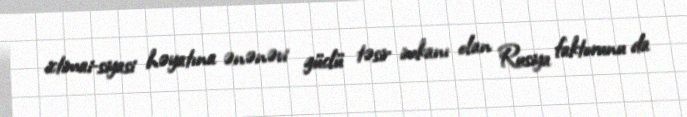
ictimai-siyasi həyatına ənənəvi güclü təsir imkanı olan Rusiya faktorunu da